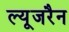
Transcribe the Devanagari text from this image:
ल्यूजरैन